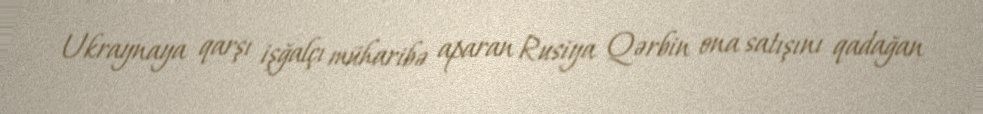
Ukraynaya qarşı işğalçı müharibə aparan Rusiya Qərbin ona satışını qadağan